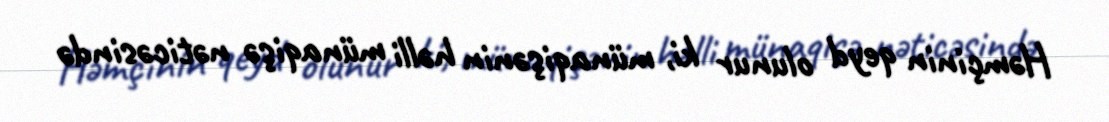
Həmçinin qeyd olunur ki, münaqişənin həlli münaqişə nəticəsində